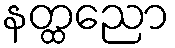
နတ္ထညော